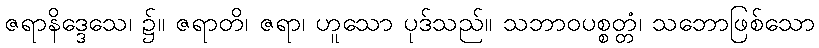
ဇရာနိဒ္ဒေသေ၊ ၌။ ဇရာတိ၊ ဇရာ၊ ဟူသော ပုဒ်သည်။ သဘာဝပစ္စတ္တံ၊ သဘောဖြစ်သော